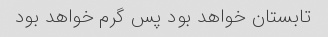
تابستان خواهد بود پس گرم خواهد بود